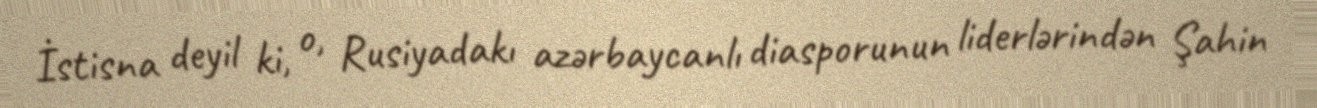
İstisna deyil ki, o, Rusiyadakı azərbaycanlı diasporunun liderlərindən Şahin